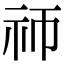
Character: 𬒭